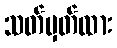
သတ်မှတ်ထား